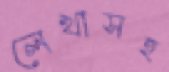
লেখাসহ